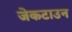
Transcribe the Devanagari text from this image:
जेकटाउन